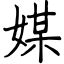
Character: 媒